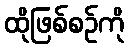
ထိုဖြစ်စဉ်ကို